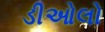
ડીઓલો